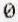
0